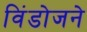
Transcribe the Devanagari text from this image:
विंडोजने